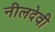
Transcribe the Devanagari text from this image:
नीलदेवी